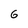
Character: 6